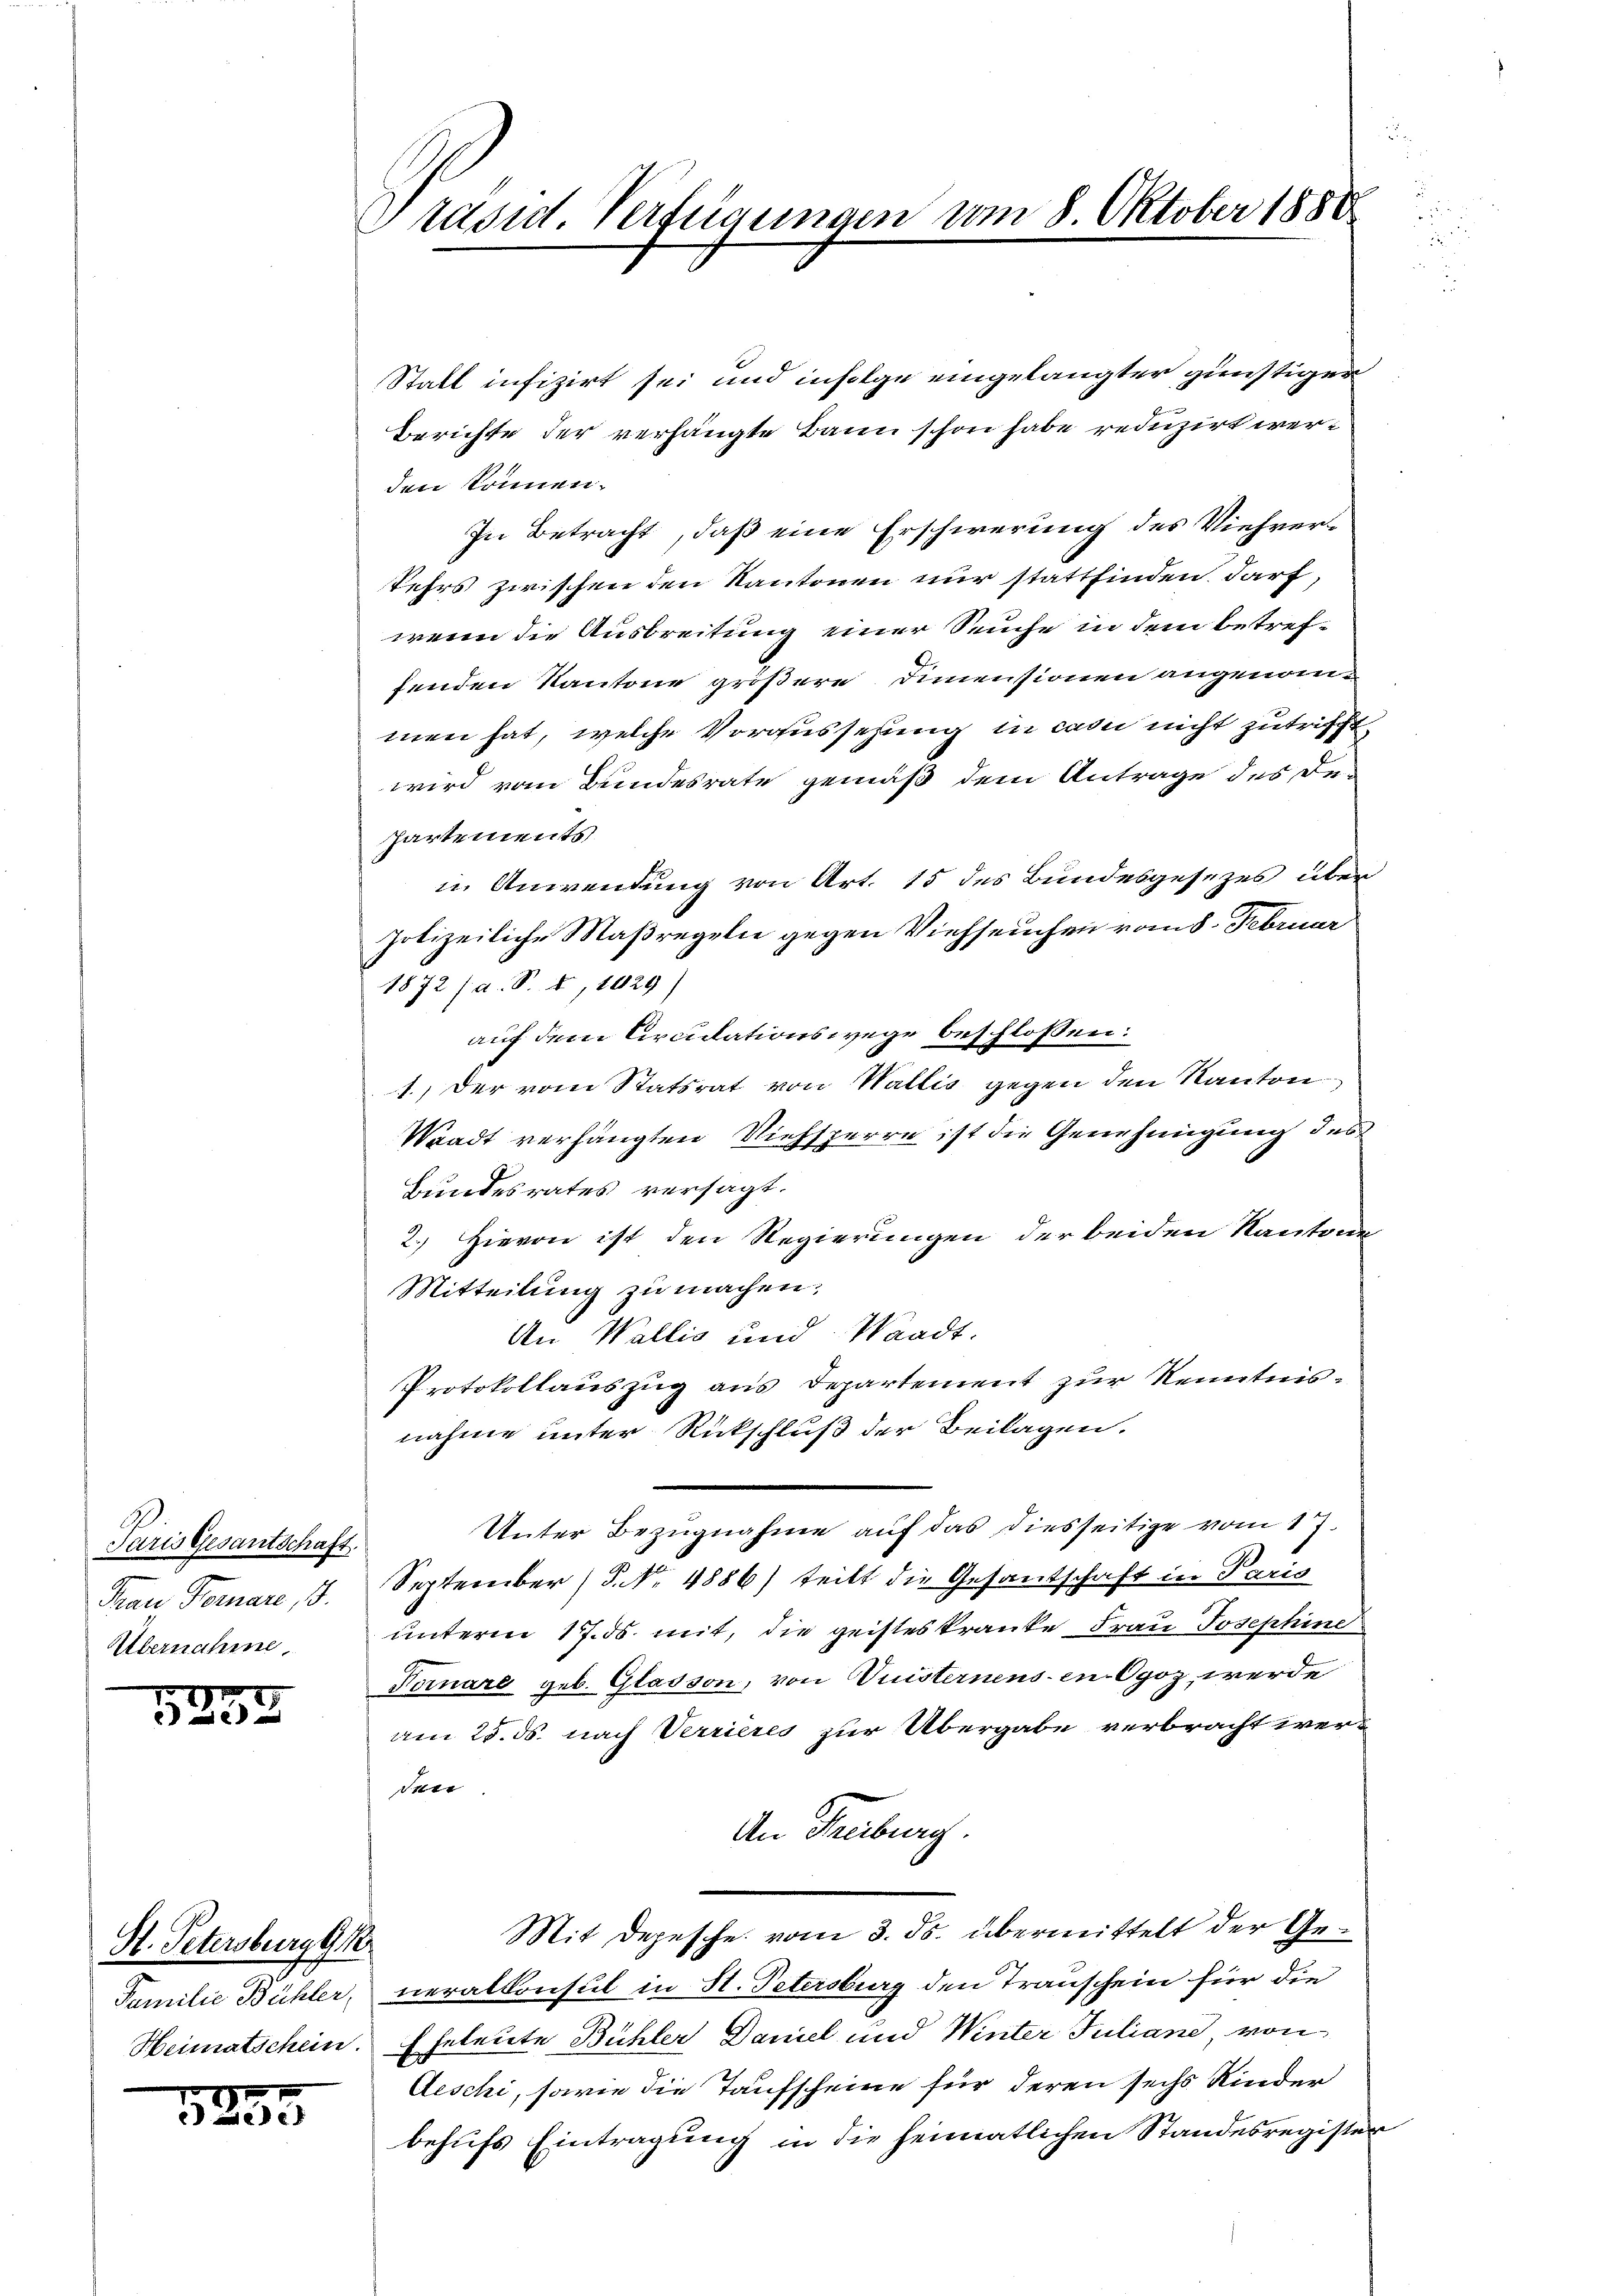
Paris Gesantschaft.
Frau Hornere, d.
Übernahme,

I
ce

H. Petersburg G

e
5250

Präsid. Verfügungen vom 8. Oktober 1880

Statt infizirt sei und infolge eingelangter günstiger
Berichte der verhängte Bann schon habe reduzirt werden können.
In Betracht, daß eine Erschwerung des Viehver¬
Kehrs zwischen den Kantonen nur stattfinden darf,
wenn die Ausbreitung einer Seuche in dem betreffenden Kantone größere Dimensionen angenommen hat, welche Voraussehung in casii nicht zutrifft,
wird vom Bundesrate gemäß dem Antrage des De¬
Partements
in Anwendung von Art. 15 des Bundesgesezes über¬
Polizeiliche Maßregeln gegen Viehseuchen vom 8. Februar
1872 (a. S. 8, 1029)
auf dem Circidationswege beschlossen:
1.) Der vom Statsrat von Wallis gegen den Kanton
Waadt verhängten Niehsperre ist die Genehmigung des
Bundesrates versagt.
2. Hievon ist den Regierungen der beiden Kantone
Mitteilung zu machen.
An Wallis und Waadt.
Protokollauszug aus Departement zur Kenntnisnahme unter Rückschluß der Beilagen.
Unter Bezugnahme auf das diesseitige vom 17.
September (§. No. 4886) teilt die Gesandschaft in Paris
unterm 17. ds. mit, die geisteskranke, Frau Josephine
Fornare geb. Glasson, von Fristernens en Ogoz werde
am 25. ds. nach Verrieres zur Übergabe verbracht werden.
An Freiburg.
Mit Depesche vom 3. ds. übermittelt der Ge¬
Familie Bühler, neralkonsul in St. Petersburg den Trauschein für die
Heimatschein. Eheleute Bühler Daniel und Winter Juliane, von
Aeschi, sowie die Taufscheine für deren sechs Kinder
behufs Eintragung in die heimatlichen Standesregister